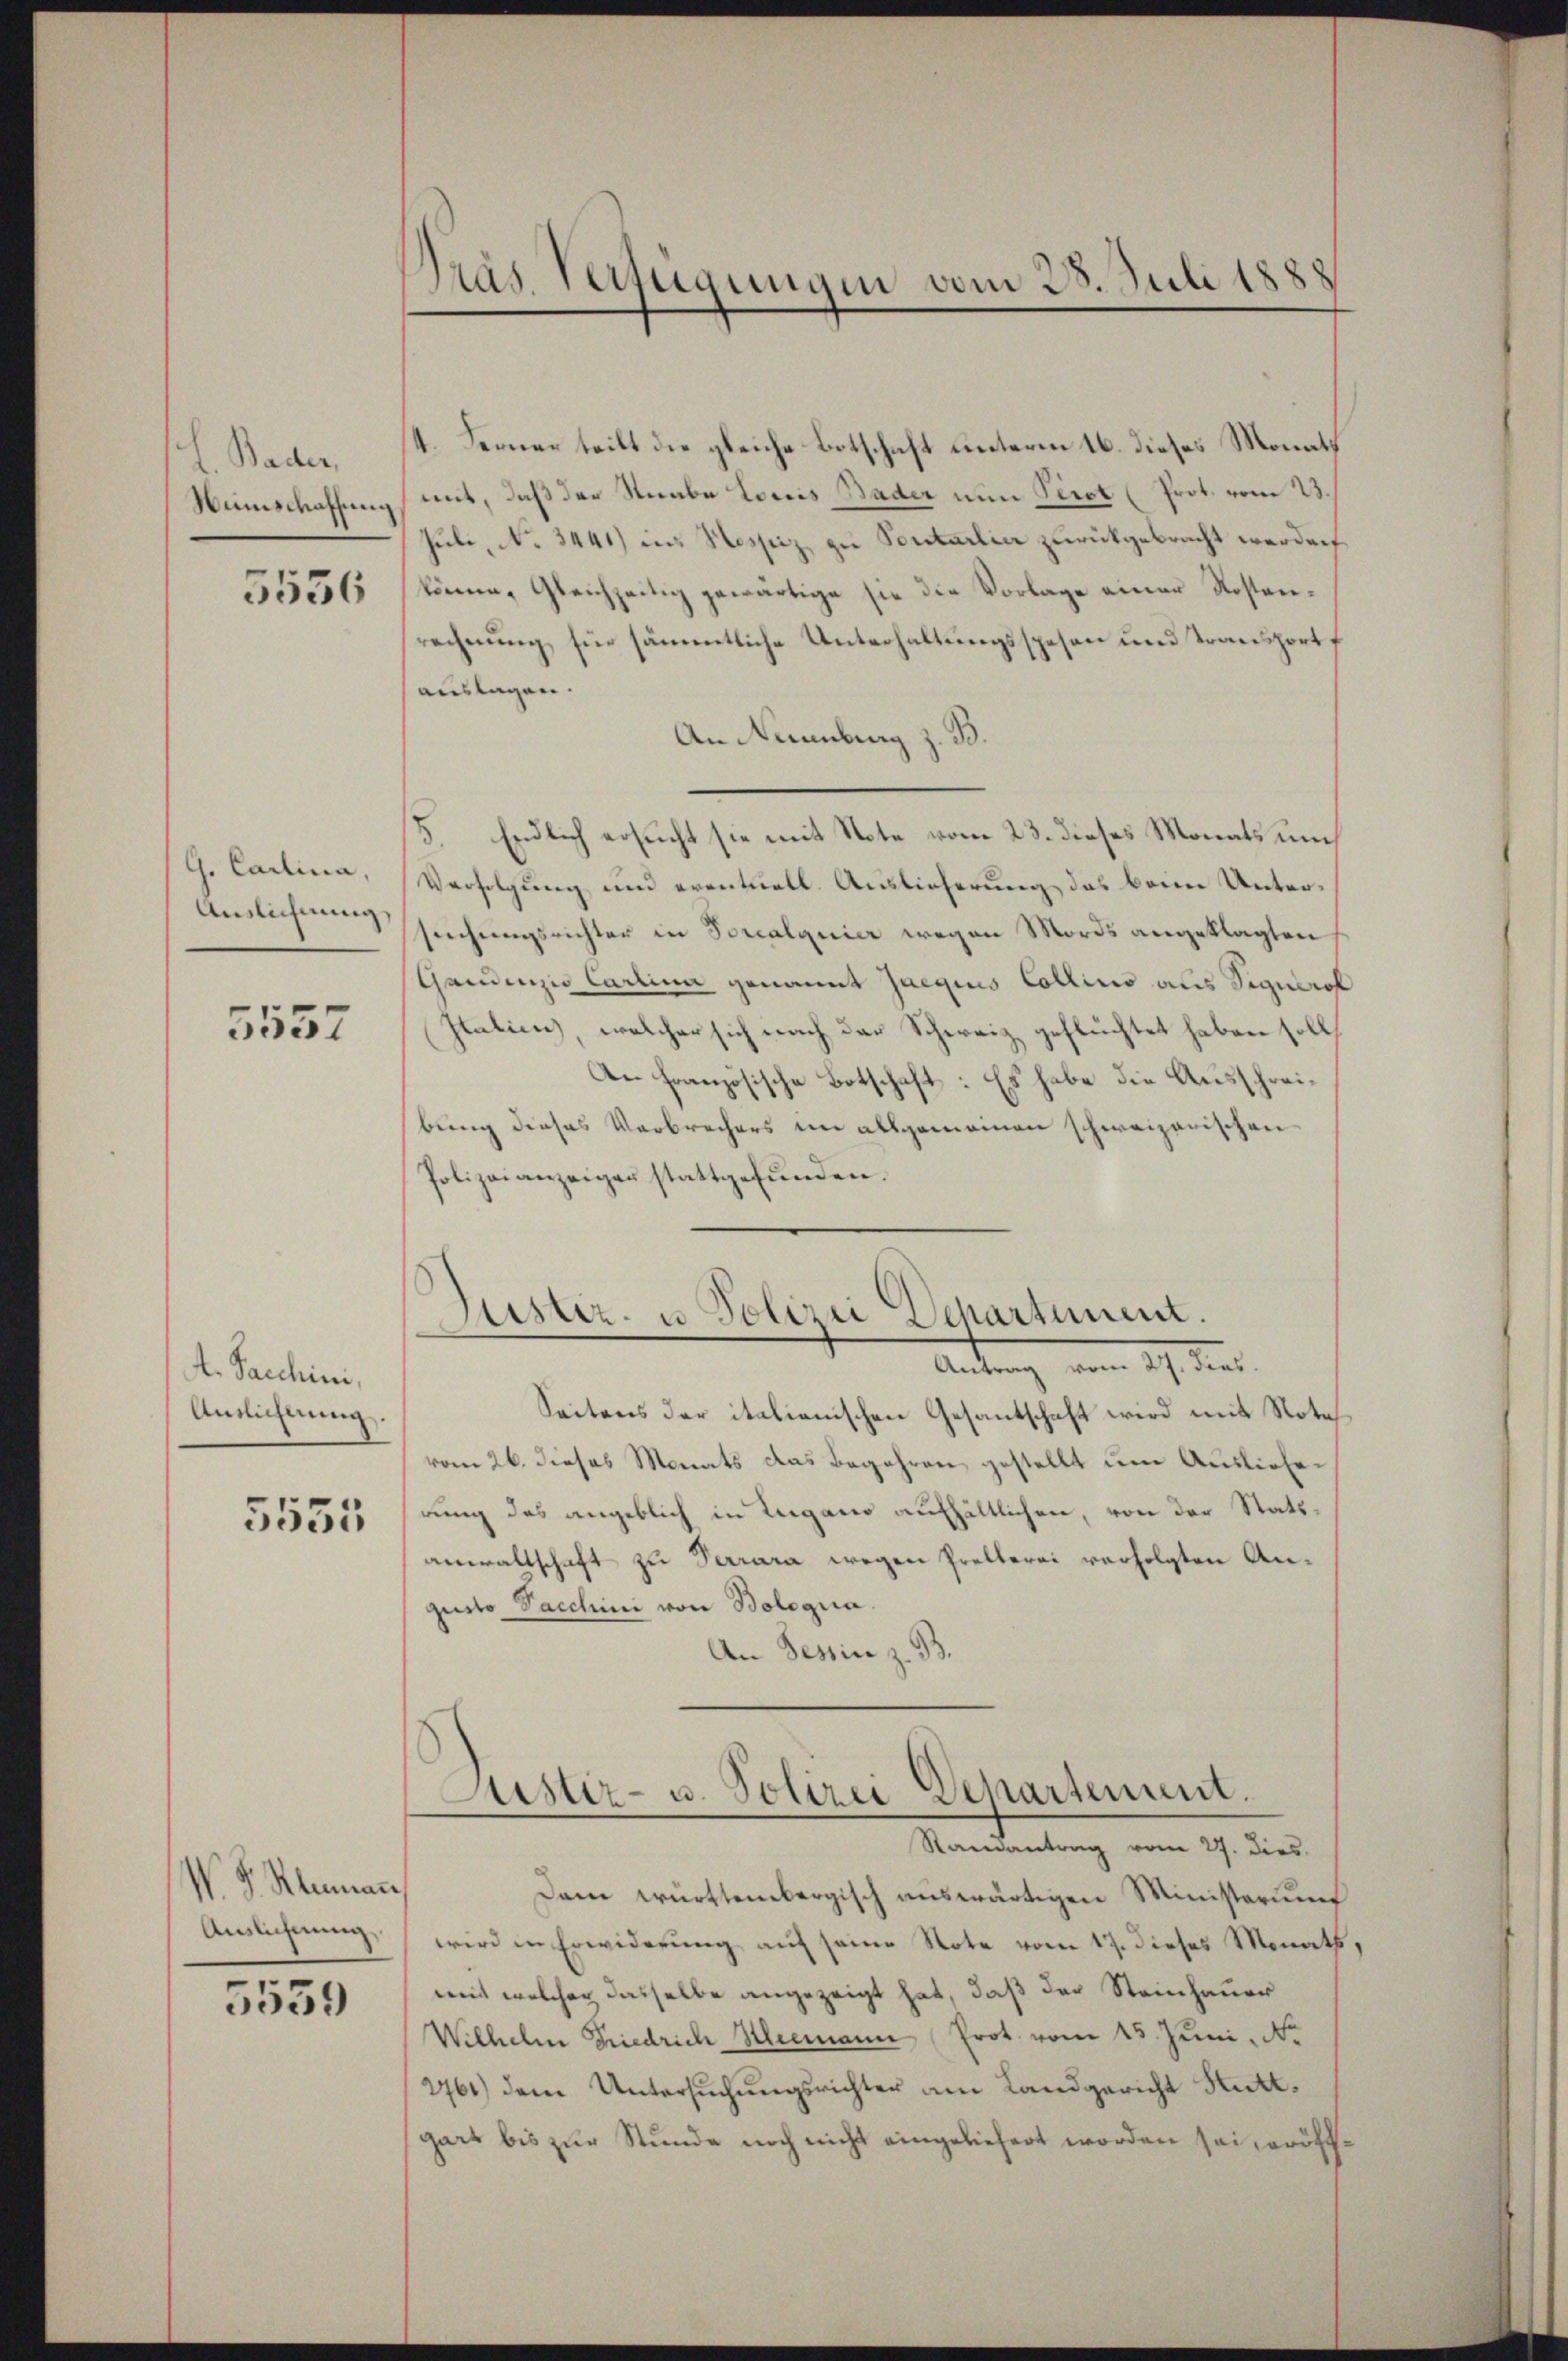
L. Baden
Nunschaffung
5536

G. Carlina,

5557

A. Sacchini,
Ansichtung.

5555

N. S. Klimann
Auslichnung.

5539

Dras Verfügungen vom 28. Juli 1888

/4. Ferner teilt die gleiche Botschaft unterm 16. dieses Monats
mit, daß der Staabe Louis Bader nun Perot (Prot. vom 23.
Juli, No. 3441) in Hessiz zu Pontarlier zurückgebracht werden,
könne, gleichzeitig gewärtige sie die Vorlage einer Kostenrechnung für sämmtliche Unterhaltungsspesen und Transportf
auslagen.
An Naumburg z. B.
5 Endlich ersucht sie mit Note vom 23. dieses Monats um
Verfolgung und eventuell. Auslieferung, das beim Unter¬
Auslichnung sprechungsrichter in Soucalquier wegen Mords angeklagten
Gandenzio Carlina genannt Jaegius Collino aus Signerol
Italien, welcher sich nach der Schweiz geflüchtet haben soll,
An Französische Botschaft: Es habe die Ausschreibung dieses Verbrechers im allgemeinen schweizerischen
Polizeianzeiger stattgefŭnden.

Justiz- u Polizei Departement.
Antrag vom 27. dies

Seitens der italienischen Gesantschaft wird mit Notavom 26. dieses Monats das Begehren gestellt um Auslieferung des angeblich in Lugano aufhältlichen, von der Stattanwaltschaft zu Terrara wegen Prellerei verfolgten Anguito Sacchini von Bologia.
An Tessin z. B.

Justiz- u. Polizei Departement.
Randantrag vom 27. dies

Dem württembergisch auswärtigen Ministerums
wird in Erwiderung auf seine Note vom 17. dieses Monath,
weit welcher dasselbe angezeigt hat, daß der Steinhauer
Wilhelm Friedrich Kleemann (Prot. vom 15. Juni, N.
2761) dem Untersŭchŭngsrichter am Landgericht Stuttgart bis zur Stunde noch nicht eingeliefert worden sei, eröff¬